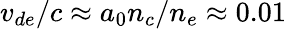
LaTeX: v_{de}/c\approx a_{0}n_{c}/n_{e}\approx 0.01